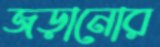
জড়ানোর